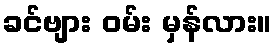
ခင်ဗျား ဝမ်း မှန်လား။